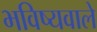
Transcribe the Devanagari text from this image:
भविष्यवाले